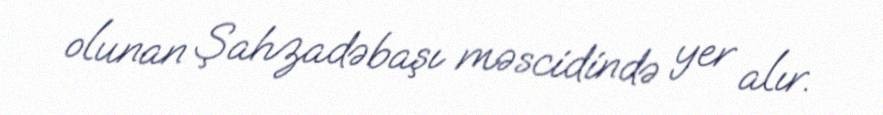
olunan Şahzadəbaşı məscidində yer alır.